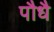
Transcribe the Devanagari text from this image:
पौधै